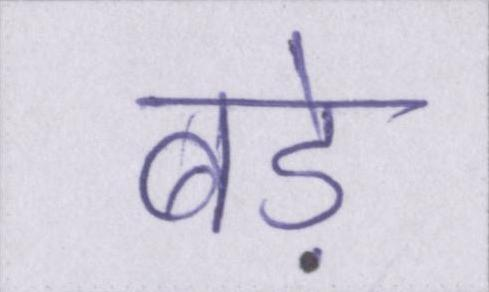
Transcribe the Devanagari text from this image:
बडे़